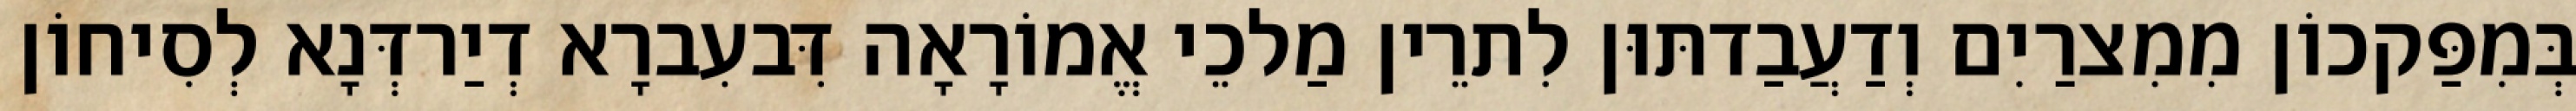
בְּמִפַּקכוֹן מִמִצרַיִם וְדַעֲבַדתּוּן לִתרֵין מַלכֵי אֱמוֹרָאָה דִּבעִברָא דְיַרדְּנָא לְסִיחוֹן